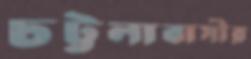
চট্টলাবাসীর